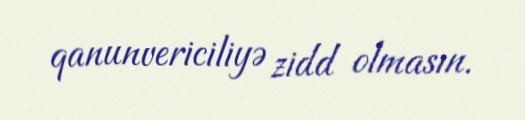
qanunvericiliyə zidd olmasın.